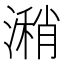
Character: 潲